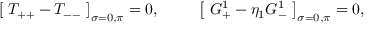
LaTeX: \left[ \, \, T _ { + + } - T _ { -- } \, \, \right] _ { \sigma = 0 , \pi } = 0 , \, \, \, \, \, \, \, \, \, \, \, \, \, \, \, \left[ \, \, G _ { + } ^ { 1 } - \eta _ { 1 } G _ { - } ^ { 1 } \, \, \right] _ { \sigma = 0 , \pi } = 0 ,